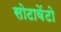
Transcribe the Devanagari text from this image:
सोटावेंटो